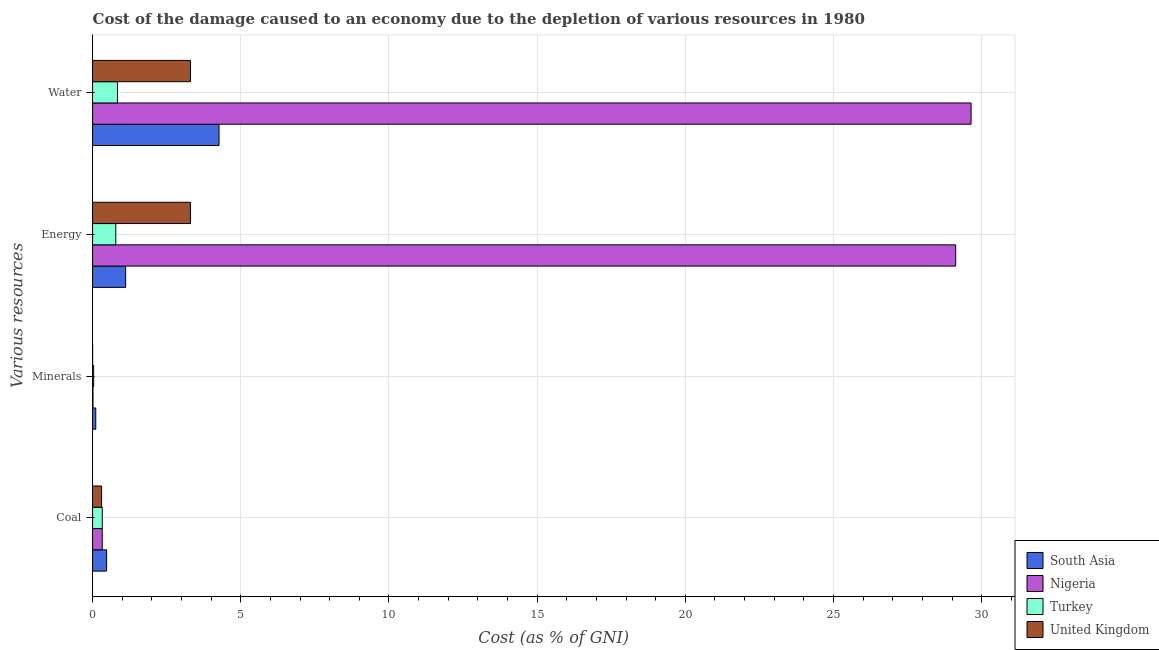
| Various resources | South Asia | Nigeria | Turkey | United Kingdom |
 | --- | --- | --- | --- | --- |
 | Coal | 0.474 | 0.326 | 0.327 | 0.304 |
 | Minerals | 0.108 | 0.0139 | 0.0366 | 0.00252 |
 | Energy | 1.12 | 29.1 | 0.784 | 3.3 |
 | Water | 4.27 | 29.6 | 0.841 | 3.3 |